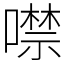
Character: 噤